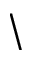
\backslash